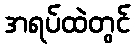
အရပ်ထဲတွင်